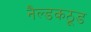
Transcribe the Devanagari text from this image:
नैल्डकठूड